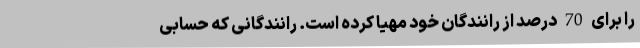
را برای 70 درصد از رانندگان خود مهیا کرده است. رانندگانی که حسابی